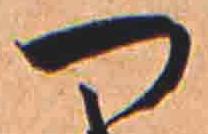
つ